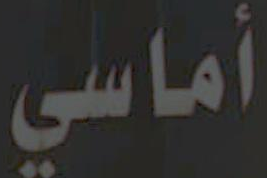
أماسي